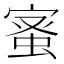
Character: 𮔉